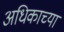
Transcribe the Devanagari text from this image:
अधिकाच्या